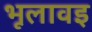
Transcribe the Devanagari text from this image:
भूलावइ